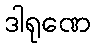
ဒါရုဏေ